Annual report of the Punjab Veterinary College and of the Civil Veterinary Department, Punjab - 1920-1925
Year: 1920
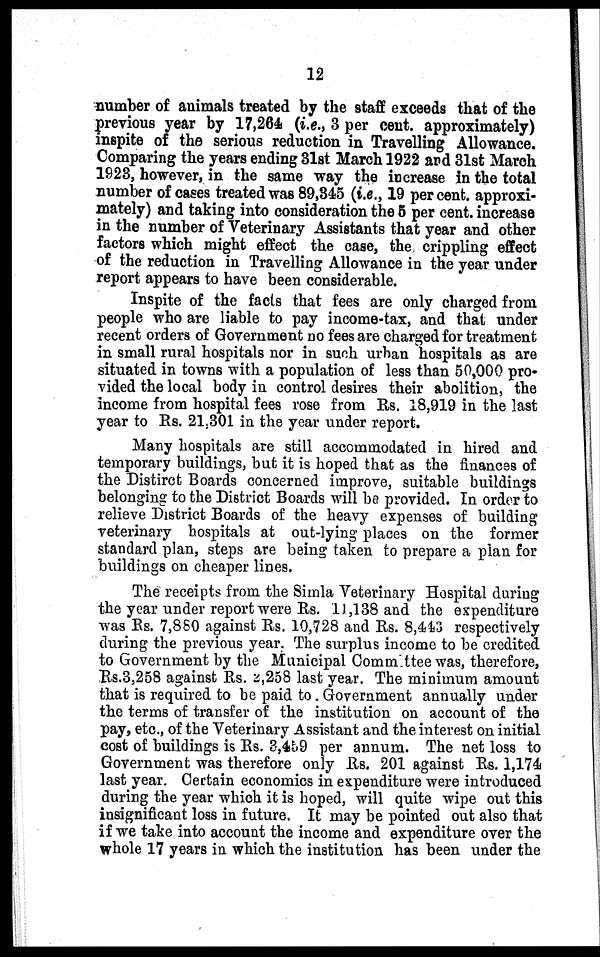
12
number of animals treated by the staff exceeds that of the
previous year by 17,264 (i.e., 3 per cent. approximately)
inspite of the serious reduction in Travelling Allowance.
Comparing the years ending 31st March 1922 and 31st March
1923, however, in the same way the increase in the total
number of cases treated was 89,345 (i.e., 19 per cent. approxi-
mately) and taking into consideration the 5 per cent. increase
in the number of Veterinary Assistants that year and other
factors which might effect the case, the crippling effect
of the reduction in Travelling Allowance in the year under
report appears to have been considerable.
Inspite of the facts that fees are only charged from
people who are liable to pay income-tax, and that under
recent orders of Government no fees are charged for treatment
in small rural hospitals nor in such urban hospitals as are
situated in towns with a population of less than 50,000 pro-
vided the local body in control desires their abolition, the
income from hospital fees rose from Rs. 18,919 in the last
year to Rs. 21,301 in the year under report.
Many hospitals are still accommodated in hired and
temporary buildings, but it is hoped that as the finances of
the Distirct Boards concerned improve, suitable buildings
belonging to the District Boards will bo provided. In order to
relieve District Boards of the heavy expenses of building
veterinary hospitals at out-lying places on the former
standard plan, steps are being taken to prepare a plan for
buildings on cheaper lines.
The receipts from the Simla Veterinary Hospital during
the year under report were Rs. 11,138 and the expenditure
was Rs. 7,880 against Rs. 10,728 and Rs. 8,443 respectively
during the previous year. The surplus income to be credited
to Government by the Municipal Committee was, therefore,
Rs.3,258 against Rs. 2,258 last year. The minimum amount
that is required to be paid to . Government annually under
the terms of transfer of the institution on account of the
pay, etc., of the Veterinary Assistant and the interest on initial
cost of buildings is Rs. 3,459 per annum. The net loss to
Government was therefore only Rs. 201 against Rs. 1,174
last year. Certain economics in expenditure were introduced
during the year which it is hoped, will quite wipe out this
insignificant loss in future. It may be pointed out also that
if we take into account the income and expenditure over the
whole 17 years in which the institution has been under the